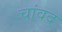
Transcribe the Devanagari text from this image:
चांवद